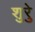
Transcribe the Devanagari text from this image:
शुरेु